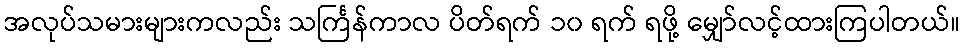
အလုပ်သမားများကလည်း သင်္ကြန်ကာလ ပိတ်ရက် ၁၀ ရက် ရဖို့ မျှော်လင့်ထားကြပါတယ်။